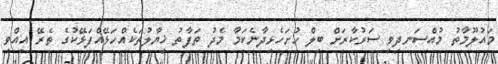
މައުލޫމާތު މުއްސަނދިވި ސަރުކާރަށް ބިލް ހުށަހެޅިދާނެކަމާ މެދު ތަފާތު ޚިޔާލުތަކެއްހަޅޭއްފަޅޭކުގެ ތެރޭ އިއްވި